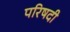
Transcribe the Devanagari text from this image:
परिषदी